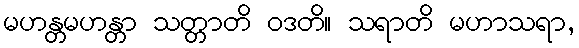
မဟန္တမဟန္တာ သတ္တာတိ ဝဒတိ။ သရာတိ မဟာသရာ,